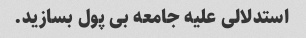
استدلالی علیه جامعه بی پول بسازید.